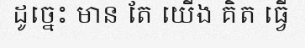
ដូច្នេះ មាន តែ យើង គិត ធ្វើ